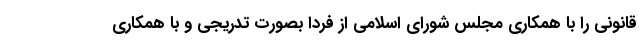
قانونی را با همکاری مجلس شورای اسلامی از فردا بصورت تدریجی و با همکاری